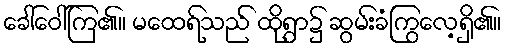
ခေါ်ဝေါ်ကြ၏။ မထေရ်သည် ထိုရွာ၌ ဆွမ်းခံကြွလေ့ရှိ၏။